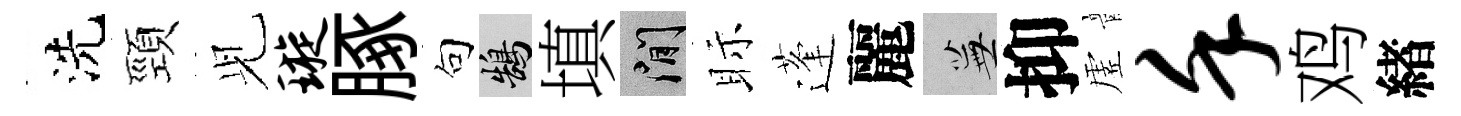
洗頸𫤗璇䐁句鵠填閑眎蓬麗蕪抑虗堇鸡緖